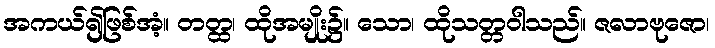
အကယ်၍ဖြစ်အံ့။ တတ္ထ၊ ထိုအမျိုး၌။ သော၊ ထိုသတ္တဝါသည်။ ဇလာဗုဇော၊